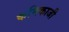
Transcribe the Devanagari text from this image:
कमिकाजी